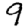
Digit: 9